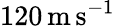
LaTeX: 120\, \mathrm{m\, s}^{-1}